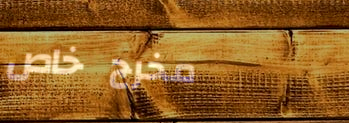
مخرج خاص